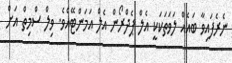
ނެރެފައިވާ ބައެއް ލަވަތަކަކީ އެލް ޕެދްރޯން އެލް އަމަންޓޭއެވެ. ވިލް ސްމިތް އަށް